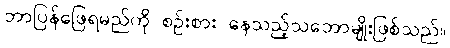
ဘာပြန်ဖြေရမည်ကို စဉ်းစား နေသည့်သဘောမျိုးဖြစ်သည်။